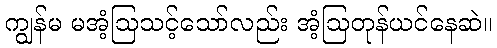
ကျွန်မ မအံ့ဩသင့်သော်လည်း အံ့ဩတုန်ယင်နေဆဲ။